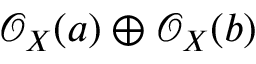
{ \mathcal { O } } _ { X } ( a ) \oplus { \mathcal { O } } _ { X } ( b )